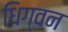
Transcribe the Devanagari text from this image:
धिग्वन